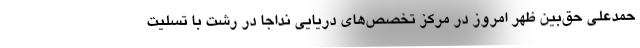
حمدعلی حق‌بین ظهر امروز در مرکز تخصص‌های دریایی نداجا در رشت با تسلیت